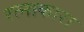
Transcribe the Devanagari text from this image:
रत्नाकारा